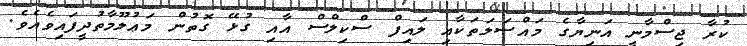
ކުރާ ޖިސްމާނީ އަނިޔާގެ މައްސަލަތަކާއި ލައިފް ސްކިލްސް އާއި ގުޅޭ ގޮތުން މަޢުލޫމާތުދީފައިވެއެވެ.